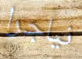
نياجرا